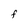
Character: F